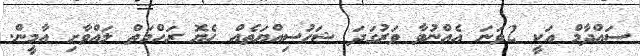
ސައްދާމް އަކީ 2ވަަނަ އެއްނުވާ ވަރުގަދަ ޝަހުސިއްޔަތެއް ހެޔޮ ރަހްމަތް ލައްވާށި އާމީން.